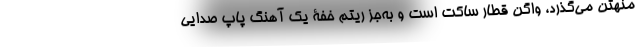
منهتن می‌گذرد، واگن قطار ساکت است و به‌جز ریتم خفۀ یک آهنگ پاپ صدایی